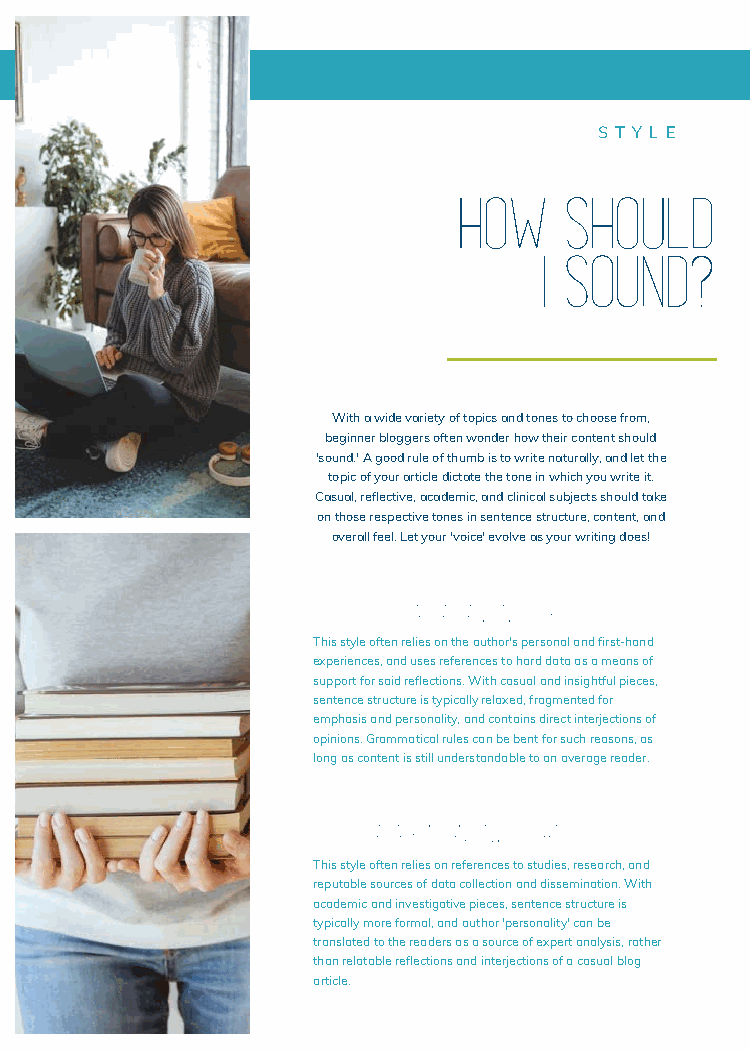
S T Y L E
 HOW    SHOULD
 I SOUND?
 With a wide variety of topics and tones to choose from,
 beginner bloggers often wonder how their content should
 'sound.' A good rule of thumb is to write naturally, and let the
 topic of your article dictate the tone in which you write it.
 Casual, reflective, academic, and clinical subjects should take
 on those respective tones in sentence structure, content, and
 overall feel. Let your 'voice' evolve as your writing does!
 casual and insightful
 This style often relies on the author's personal and first-hand
 experiences, and uses references to hard data as a means of
 support for said reflections. With casual and insightful pieces,
 sentence structure is typically relaxed, fragmented for
 emphasis and personality, and contains direct interjections of
 opinions. Grammatical rules can be bent for such reasons, as
 long as content is still understandable to an average reader.
 academic and investigative
 This style often relies on references to studies, research, and
 reputable sources of data collection and dissemination. With
 academic and investigative pieces, sentence structure is
 typically more formal, and author 'personality' can be
 translated to the readers as a source of expert analysis, rather
 than relatable reflections and interjections of a casual blog
 article.